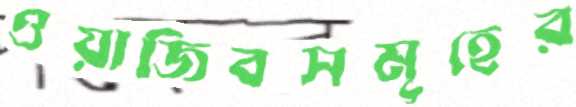
ওয়াজিবসমূহের